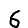
Digit: 6